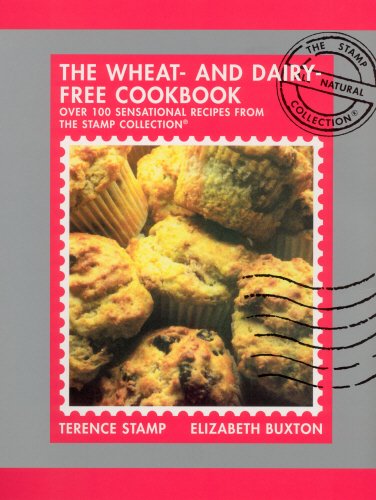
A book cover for The Wheat-Free & Dairy-Free Cookbook: Over 100 Sensational Recipes from the Stamp Collection; Terence Stamp; Health, Fitness & Dieting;